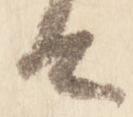
由